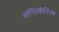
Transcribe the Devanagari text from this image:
आंग्लिकैनिज्म